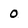
Character: 0